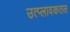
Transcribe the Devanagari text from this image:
उत्प्लावकतल